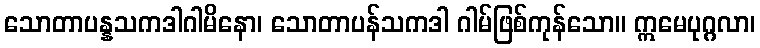
သောတာပန္နသကဒါဂါမိနော၊ သောတာပန်သကဒါ ဂါမ်ဖြစ်ကုန်သော။ ဣမေပုဂ္ဂလာ၊